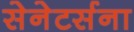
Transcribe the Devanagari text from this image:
सेनेटर्सना